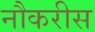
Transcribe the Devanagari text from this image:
नौकरीस